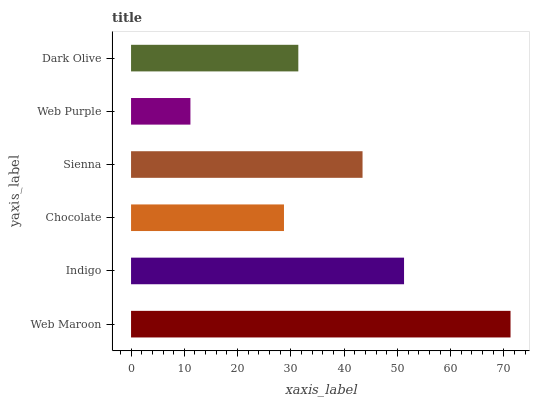
| yaxis_label | bars |
 | --- | --- |
 | Web Maroon | 71.2 |
 | Indigo | 51.3 |
 | Chocolate | 28.7 |
 | Sienna | 43.5 |
 | Web Purple | 11.1 |
 | Dark Olive | 31.4 |